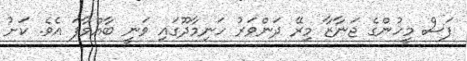
ފަސް މީހުންގެ ޖަނާޒާ މިރޭ ދަންވަރު ހަނިމާދޫގައި ވަނީ ބާއްވާފަ އެވެ. ކަށު